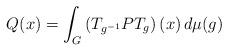
LaTeX: \begin{align*}Q(x)=\int_G \left(T_{g^{-1}}PT_g\right)(x) \, d\mu(g)\end{align*}